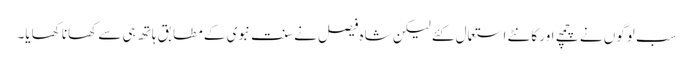
سب لوگوں نے چمچے اور کانٹے استعمال کئے لیکن شاہ فیصل نے سنتِ نبوی کے مطابق ہاتھ ہی سے کھانا کھایا۔